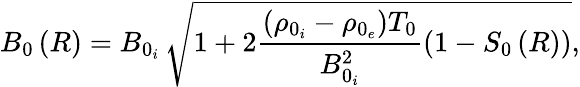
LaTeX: B_{0}\left(R\right)=B_{0_{i}}\, \sqrt[]{1+2\frac{\left(\rho_{0_{i}}-\rho_{0_{e}}\right)T_{0}}{B_{0_{i}}^{2}}\left(1-S_{0}\left(R\right)\right)},